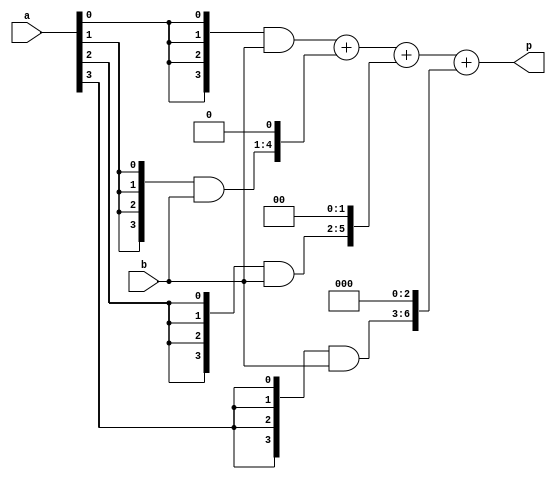
`timescale 1ns / 1ps
//////////////////////////////////////////////////////////////////////////////////
// Company: 
// Engineer: 
// 
// Design Name: 
// Module Name: mul4bit
// Project Name: 
// Target Devices: 
// Tool Versions: 
// Description: 
// 
// Dependencies: 
// 
// Revision:
// Revision 0.01 - File Created
// Additional Comments:
// 
//////////////////////////////////////////////////////////////////////////////////


module mul4bit(a, b, p

    );
    input [3:0] a,b;
    wire [7:0]m0,m1,m2,m3; // 7 bit middle terms
    wire [7:0]s1,s2,s3;
    output [7:0]p;
    assign m0 = {4{a[0]}} & b[3:0];
    assign m1 = {4{a[1]}} & b[3:0];
    assign m2 = {4{a[2]}} & b[3:0];
    assign m3 = {4{a[3]}} & b[3:0];
    assign s1= m0 + (m1<<1);
    assign s2= s1 + (m2<<2); 
    assign s3= s2 + (m3<<3);
    assign p=s3;
    
endmodule